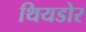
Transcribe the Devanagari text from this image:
थियडोर